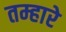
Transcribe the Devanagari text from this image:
तम्हारे